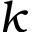
k